342_HS1-416511228_319.1 Flying Discs 1949
Agency: Department of War
Incident date: 1/9/50
Page 21
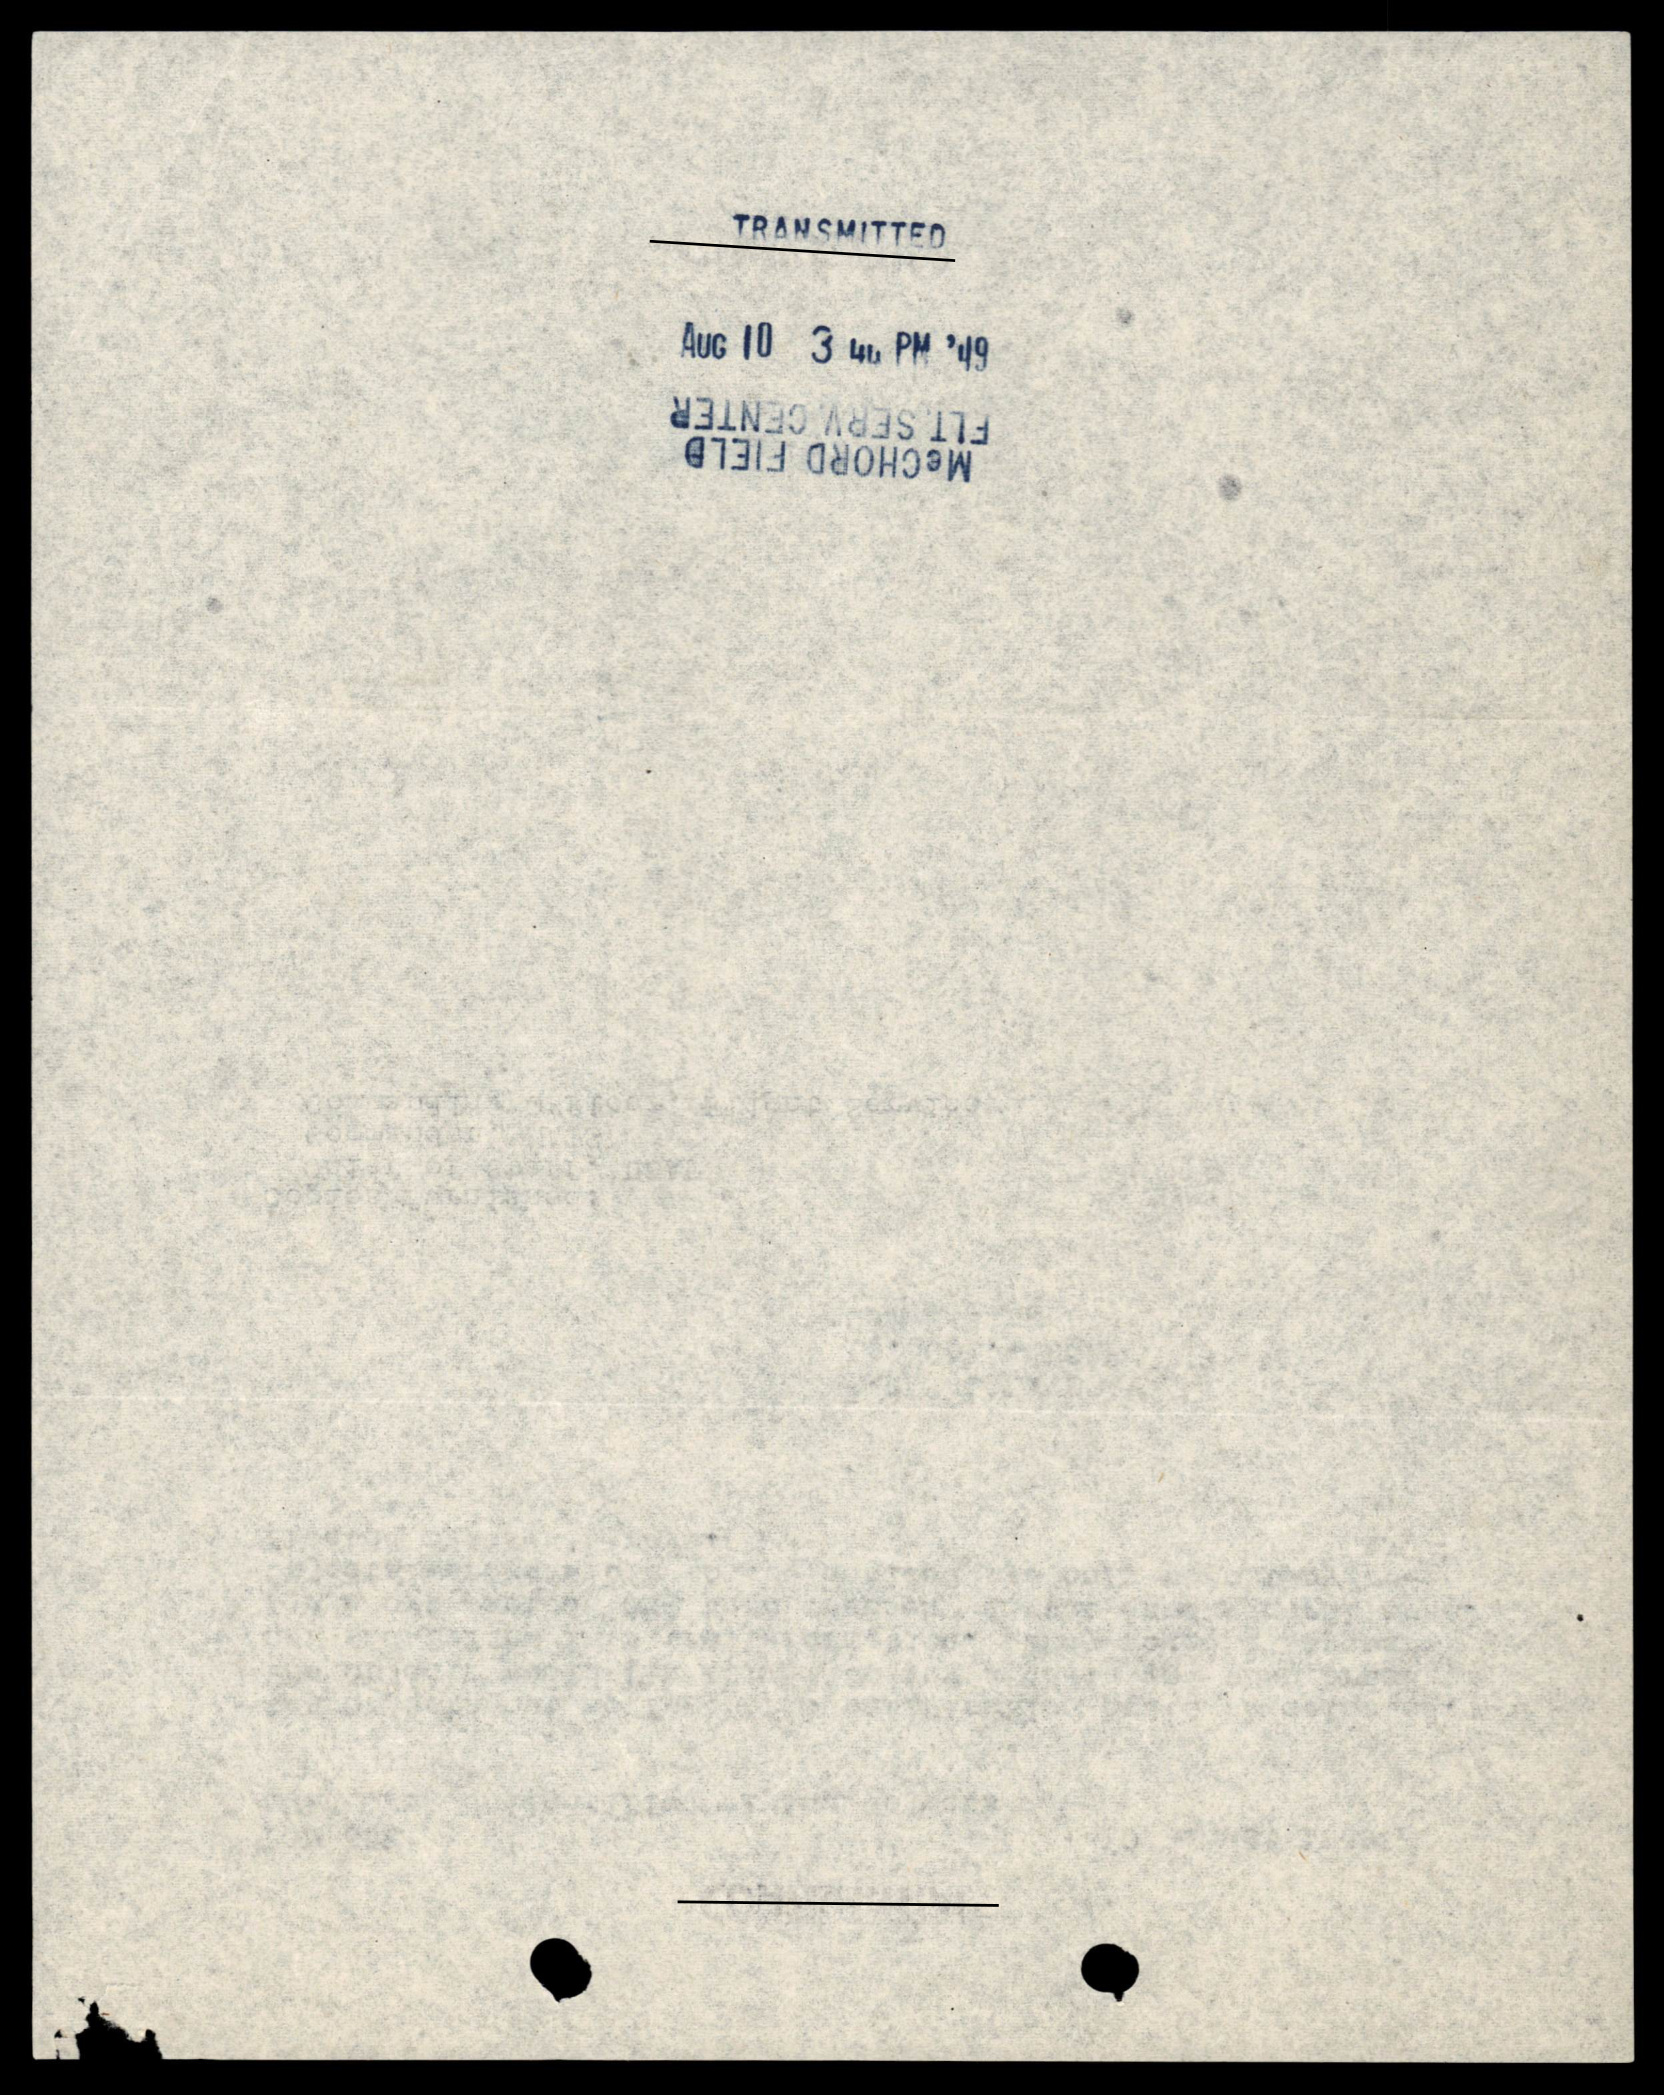